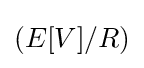
\left(E[V]/R\right)